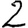
Digit: 2